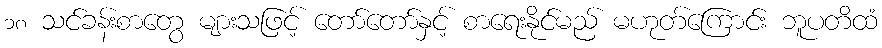
၁၈ သင်ခန်းစာတွေ များသဖြင့် တော်တော်နှင့် စာရေးနိုင်မည် မဟုတ်ကြောင်း ဘူပတိထံ